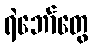
ရဲဘော်တွေ